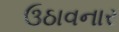
ઉઠાવનાર